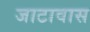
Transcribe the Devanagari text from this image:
जाटावास